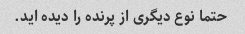
حتما نوع دیگری از پرنده را دیده اید.